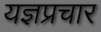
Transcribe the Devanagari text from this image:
यज्ञप्रचार